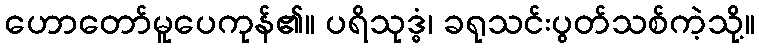
ဟောတော်မူပေကုန်၏။ ပရိသုဒ္ဓံ၊ ခရုသင်းပွတ်သစ်ကဲ့သို့။